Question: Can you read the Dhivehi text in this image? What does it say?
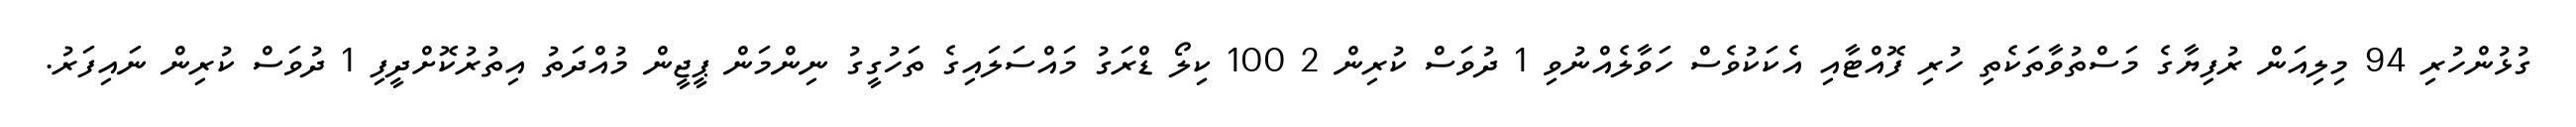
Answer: ގުޅުންހުރި 94 މިލިއަން ރުފިޔާގެ މަސްތުވާތަކެތި ހުރި ފޮއްޓާއި އެކަކުވެސް ހަވާލެއްނުވި 1 ދުވަސް ކުރިން 2 100 ކިލޯ ޑްރަގު މައްސަލައިގެ ތަހުގީގު ނިންމަން ޕީޖީން މުއްދަތު އިތުރުކޮށްދީފި 1 ދުވަސް ކުރިން ނައިފަރު.